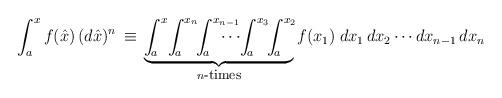
\begin{align*}\int_a^x f(\hat{x})\,(d\hat{x})^n\,\equiv\,\underbrace{\int^{x}_{\!a}\!\int^{x_n}_{\!a}\!\! \int^{x_{n-1}}_{\!a}\!\!\!\!\!\!\!\!\cdots\!\int^{x_3}_{\!a} \!\!\int^{x_2}_{\!a}\!}_{n \mbox{\footnotesize-times}} f(x_1) \;dx_1\,dx_2 \cdots dx_{n-1}\,dx_n\end{align*}